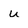
Character: u